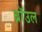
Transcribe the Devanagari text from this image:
ब्राॅउल